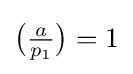
{\big (}{\tfrac {a}{p_{1}}}{\big )}=1